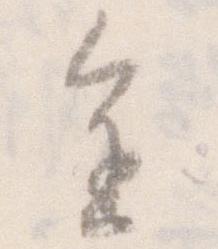
進